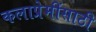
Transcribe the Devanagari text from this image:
कलाप्रेमींसाठी